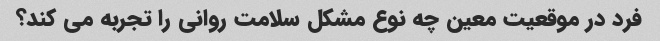
فرد در موقعیت معین چه نوع مشکل سلامت روانی را تجربه می کند؟